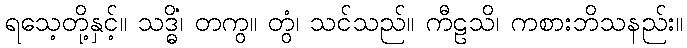
ရသေ့တို့နှင့်။ သဒ္ဓိံ၊ တကွ။ တွံ၊ သင်သည်။ ကီဠသိ၊ ကစားဘိသနည်း။